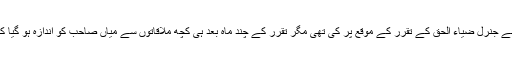
یہ وہی غلطی ثابت ہوئی جو بھٹو صاحب نے جنرل ضیاء الحق کے تقرر کے موقع پر کی تھی مگر تقرر کے چند ماہ بعد ہی کچھ ملاقاتوں سے میاں صاحب کو اندازہ ہو گیا کہ ویسا نہیں ہے جیسا وہ سمجھ رہے تھے۔